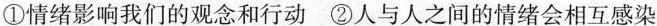
①情绪影响我们的观念和行动 ②人与人之间的情绪会相互感染